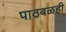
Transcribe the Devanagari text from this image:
पाठबळही